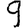
Digit: 9